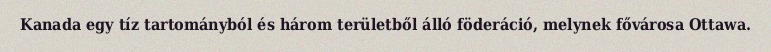
Kanada egy tíz tartományból és három területből álló föderáció, melynek fővárosa Ottawa.